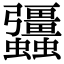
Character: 𧖑